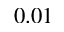
0 . 0 1